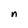
Character: n